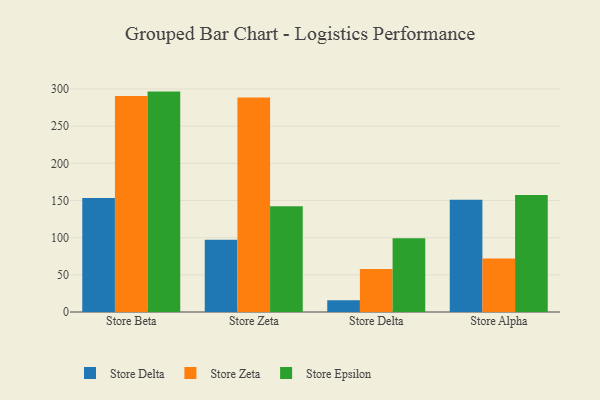
{"axis": {"x": "Store", "y": "Market Share (%)"}, "legend": ["Store Delta", "Store Epsilon", "Store Zeta"], "data": [{"x": "Store Beta", "y": 153.5, "type": "Store Delta"}, {"x": "Store Beta", "y": 290.7, "type": "Store Zeta"}, {"x": "Store Beta", "y": 296.5, "type": "Store Epsilon"}, {"x": "Store Zeta", "y": 97.3, "type": "Store Delta"}, {"x": "Store Zeta", "y": 288.5, "type": "Store Zeta"}, {"x": "Store Zeta", "y": 142.1, "type": "Store Epsilon"}, {"x": "Store Delta", "y": 15.7, "type": "Store Delta"}, {"x": "Store Delta", "y": 57.7, "type": "Store Zeta"}, {"x": "Store Delta", "y": 99.3, "type": "Store Epsilon"}, {"x": "Store Alpha", "y": 150.9, "type": "Store Delta"}, {"x": "Store Alpha", "y": 71.9, "type": "Store Zeta"}, {"x": "Store Alpha", "y": 157.5, "type": "Store Epsilon"}]}